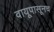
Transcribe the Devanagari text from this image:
वायूपासूनच